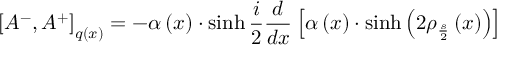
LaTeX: \left[ A ^ { - } , A ^ { + } \right] _ { q \left( x \right) } = - \alpha \left( x \right) \cdot \sinh { } \frac i 2 \frac d { d x } \left[ \alpha \left( x \right) \cdot \sinh \left( 2 \rho _ { \frac s 2 } \left( x \right) \right) \right]